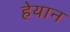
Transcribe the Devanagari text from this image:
हेयान